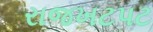
રાજખટપટ